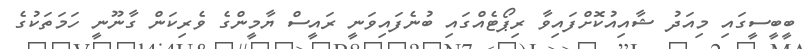
ބީބީސީގައި މިއަދު ޝާއިއުކޮށްފައިވާ ރިޕޯޓެއްގައި ބުނެފައިވަނީ ރައީސް ޔާމީންގެ ވެރިކަން ގާނޫނީ ހަމަތަކުގެ